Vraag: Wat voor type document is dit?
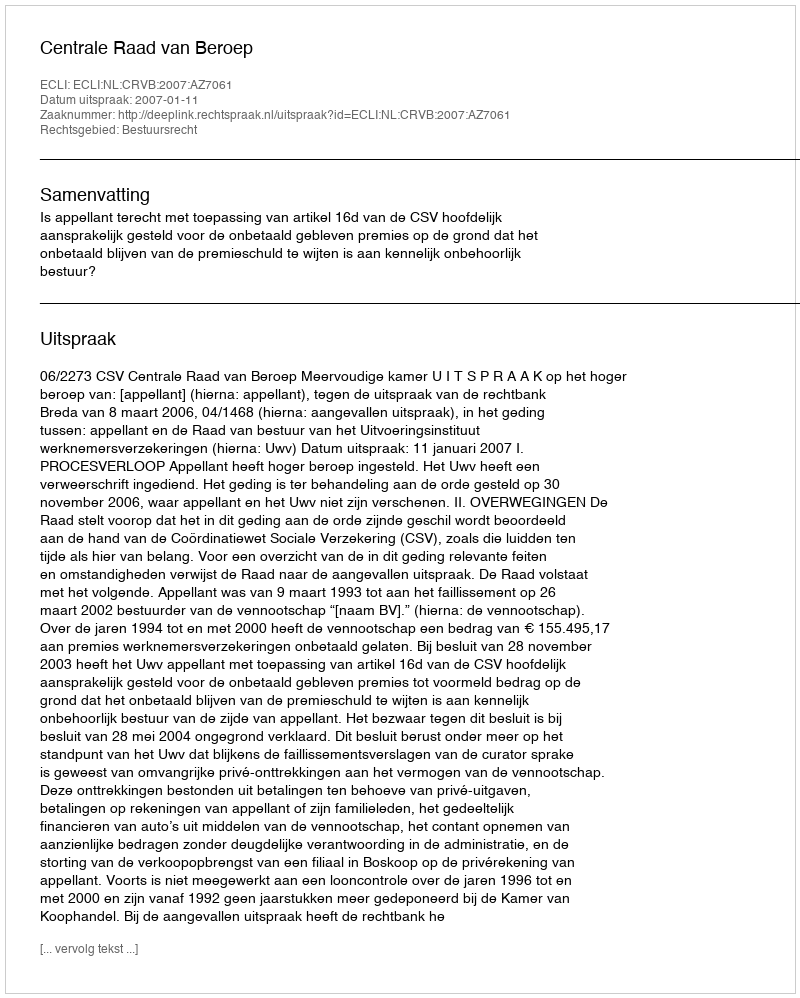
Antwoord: Uitspraak